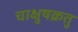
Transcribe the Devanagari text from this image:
चाक्षुषक्रतु